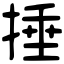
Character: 捶